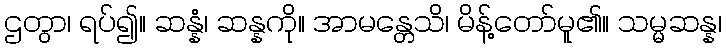
ဌတွာ၊ ရပ်၍။ ဆန္နံ၊ ဆန္နကို။ အာမန္တေသိ၊ မိန့်တော်မူ၏။ သမ္မဆန္န၊